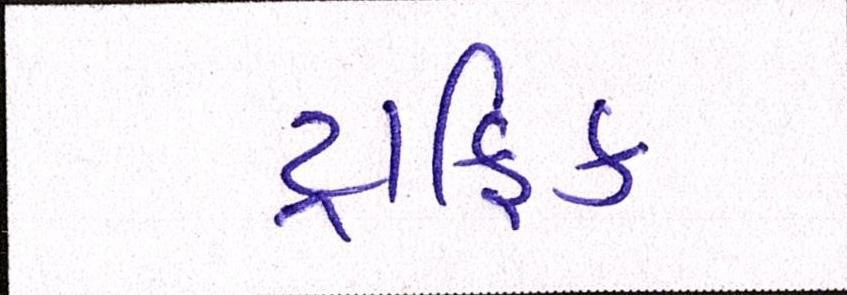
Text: ટ્રાફિક